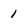
Character: 1